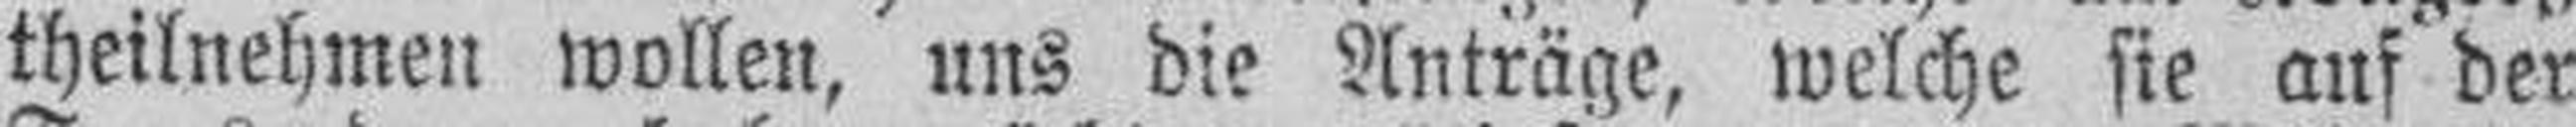
theilnehmen wollen, uns die Anträge, welche sie auf der